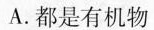
A.都是有机物